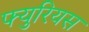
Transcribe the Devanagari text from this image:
फ्युरियस